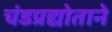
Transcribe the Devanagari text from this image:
चंडप्रद्योताने